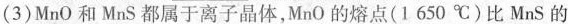
(3)MnO和MnS都属于离子晶体，MnO的熔点(1650℃)比MnS的